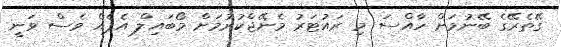
ގޭތެރޭގެ ބޭނުމަށް ހާއްސަ މި ރައުޓަރު މެނޭޖްކުރުމަށް މޯބައިލް އެޕެއް ވެސް ވަނީ